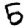
Digit: 5